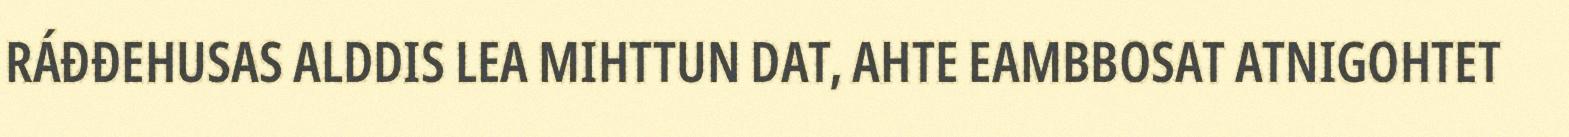
RÁĐĐEHUSAS ALDDIS LEA MIHTTUN DAT, AHTE EAMBBOSAT ATNIGOHTET